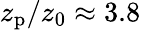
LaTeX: z_{\mathrm{{p}}}/z_{0}\approx 3.8